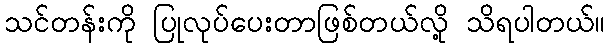
သင်တန်းကို ပြုလုပ်ပေးတာဖြစ်တယ်လို့ သိရပါတယ်။